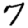
Digit: 7